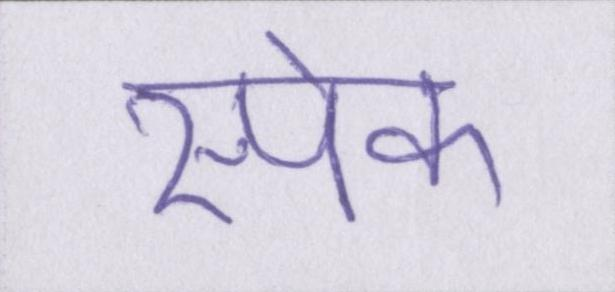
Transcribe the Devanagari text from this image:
स्पेक